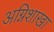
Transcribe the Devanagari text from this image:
अग्निशाखा